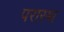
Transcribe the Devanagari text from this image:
परास्थ